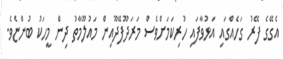
އެގޭގެ ފޭރު ގަހެއްގައި އަޅުވާފައި ހުރިކަމަށްވެސް މަރަދޫފޭދޫއިން މައުލޫމާތު ދިން މީހަކު ބުންޏެވެ.